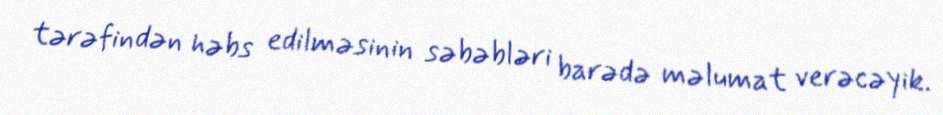
tərəfindən həbs edilməsinin səbəbləri barədə məlumat verəcəyik.